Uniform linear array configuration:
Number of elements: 64
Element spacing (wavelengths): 0.75
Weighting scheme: blackman
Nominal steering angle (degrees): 0
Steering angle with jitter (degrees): -0.7256
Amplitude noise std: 0.05
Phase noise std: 0.05

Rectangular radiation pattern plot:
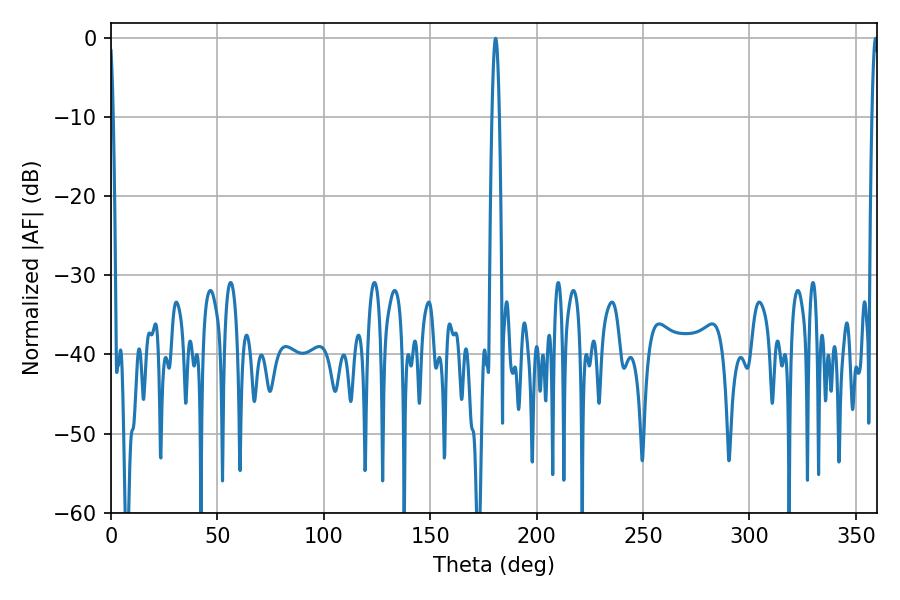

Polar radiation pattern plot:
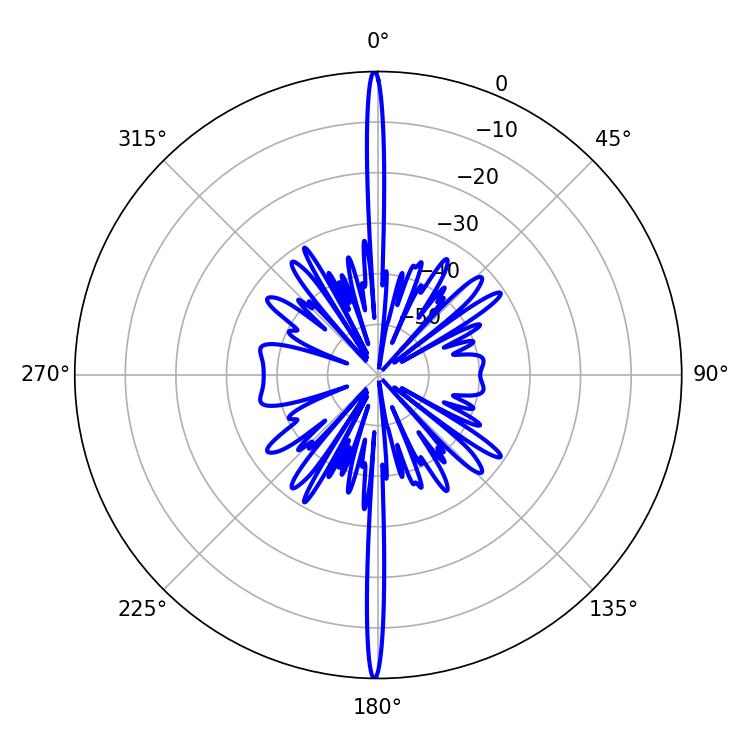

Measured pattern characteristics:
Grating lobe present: TRUE
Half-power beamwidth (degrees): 1.8
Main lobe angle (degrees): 180.72